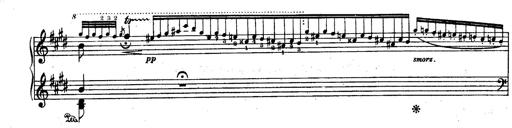
Title: Le rossignol
Composer: Franz Liszt